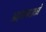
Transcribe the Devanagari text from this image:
आमच्‍याकडे